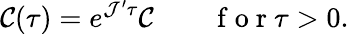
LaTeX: \mathcal{C}(\tau)=e^{\mathcal{J}^{\prime}\tau}\mathcal{C}\qquad\mathrm{~f~o~r~}\tau>0.